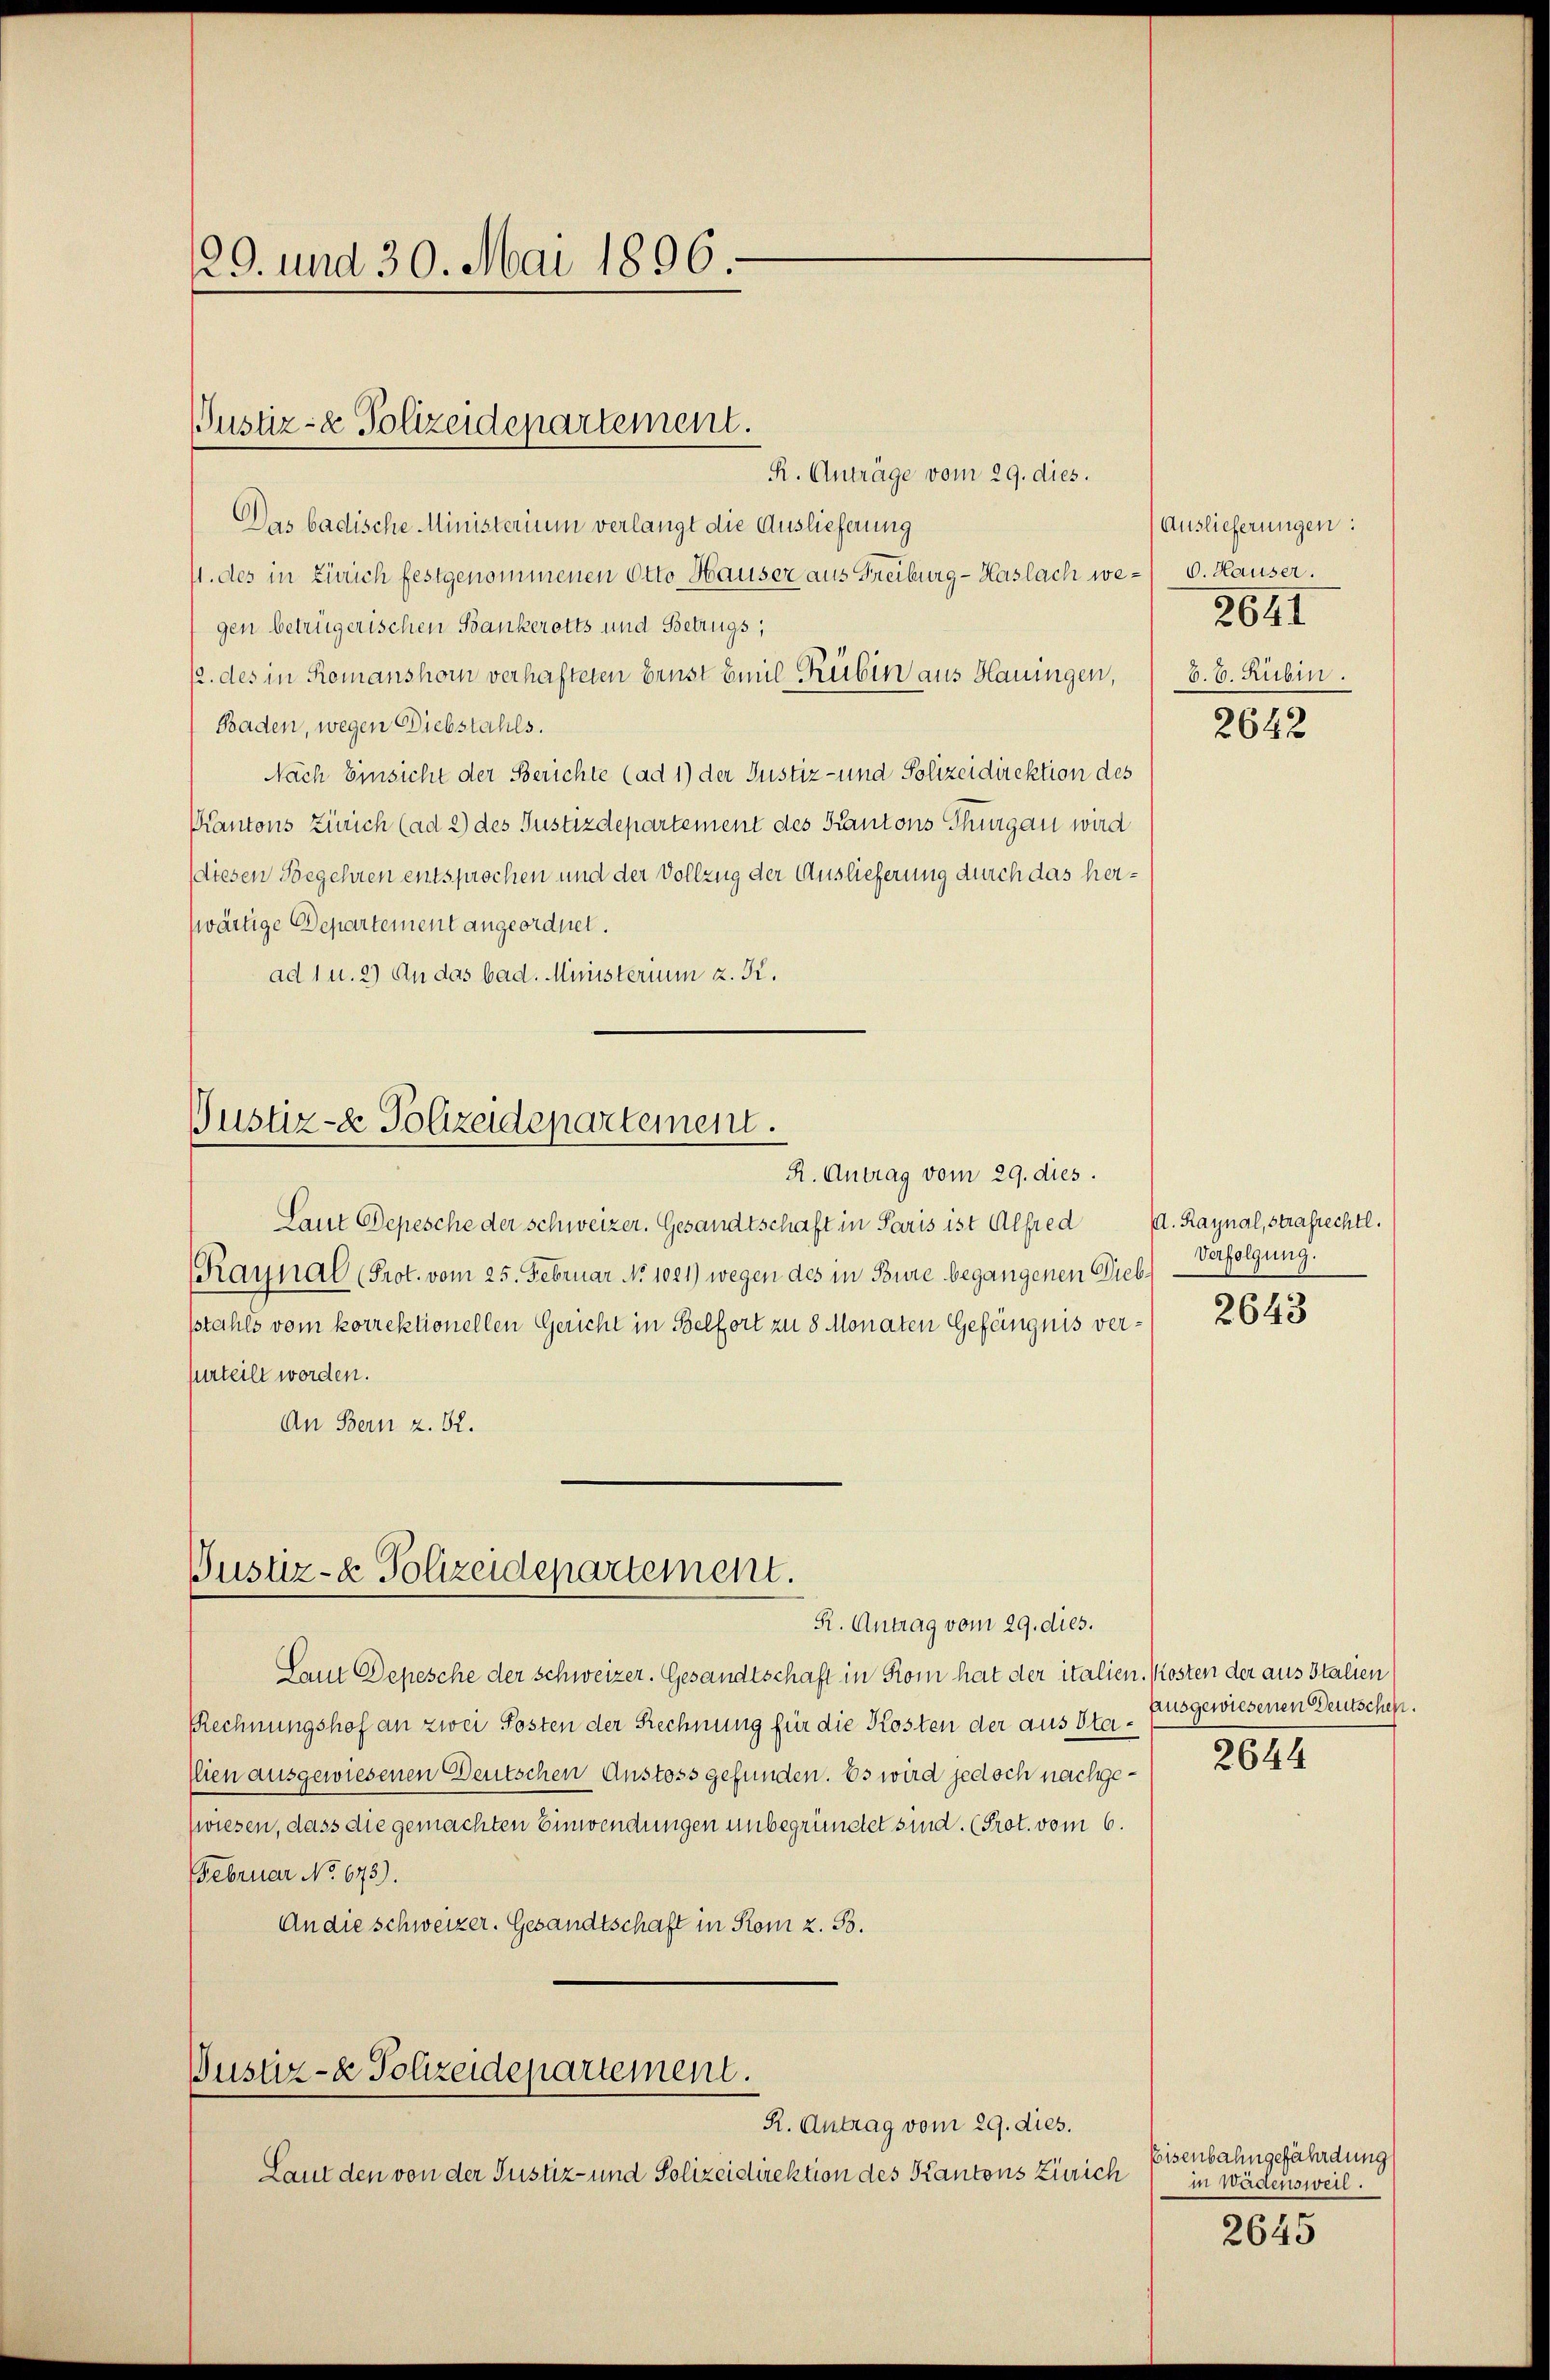
129. und 30. Mai 1896.

R. Anträge vom 29. dies.
Das badische Ministerium verlangt die Auslieferung
/. des in Zürich festgenommenen Otto Hauser aus Freiburg - Haslach we- 6. Hauser.
gen betrügerischen Bankerotts und Betrugs,
12. des in Romanshorn verhafteten Ernst Emil Rüben aus Hauingen,
Baden, wegen Diebstahls.
Nach Einsicht der Berichte (ad 1) der Justiz- und Polizeidirektion des
Kantons Zürich (ad 2) des Justizdepartement des Kantons Thurgau wird
(diesen Begehren entsprochen und der Vollzug der Auslieferung durch das herswärtige Departement angeordnet.
ad 1 u. 2) An das bad. Ministerium z. Kr.

Justiz- & Polizeidepartement.

Justiz- & Polizeidepartement.
R. Antrag vom 29. dies.

Laut Depesche der Schweizer. Gesandtschaft in Paris ist Alfred
Raynal (Prot. vom 25. Februar No 1021) wegen des in Bure begangenen Diebstahls vom korrektionellen Gericht in Belfort zu 8 Monaten Gefängnis verperteilt worden.
An Bern z. 52.

Justiz- & Polizeidepartement.
R. Antrag vom 29. dies.

Justiz- & Polizeidepartement.
R. Antrag vom 29. dies.

Laut Depesche der Schweizer. Gesandtschaft in Rom hat der italien. Kosten der aus Italien
Rechnungshof an zwei Posten der Rechnung für die Kosten der aus Sta¬
Clien ausgewiesenen Deutschen Anstoss gefunden. Es wird jedoch nachgewiesen, dass die gemachten Einwendungen unbegründet sind. (Prot. vom 6.
Februar No. 675).
An die schweizer. Gesandtschaft in Rom z. B.

Laut den von der Justiz- und Polizeidirektion des Kantons Zürich

Auslieferungen:
2641
6.6. Rubin.

2642

(d. Raynal, Strafrechtl.
Verfolgung.

2643

ausgewiesenen Deutschehe.
2644

Eisenbahngefährdung
in Wädensweil.
2645